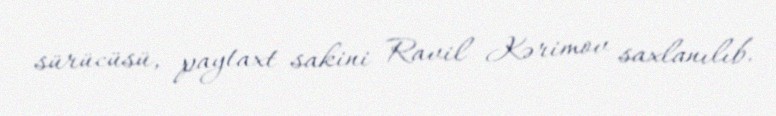
sürücüsü, paytaxt sakini Ravil Kərimov saxlanılıb.